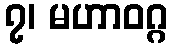
၇၊ မဟာဝဂ္ဂ